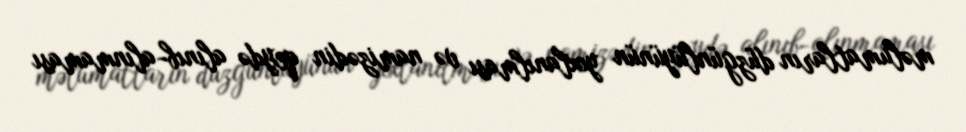
məlumatların düzgünlüyünün yoxlanılması və namizədin qeydə alınıb-alınmaması